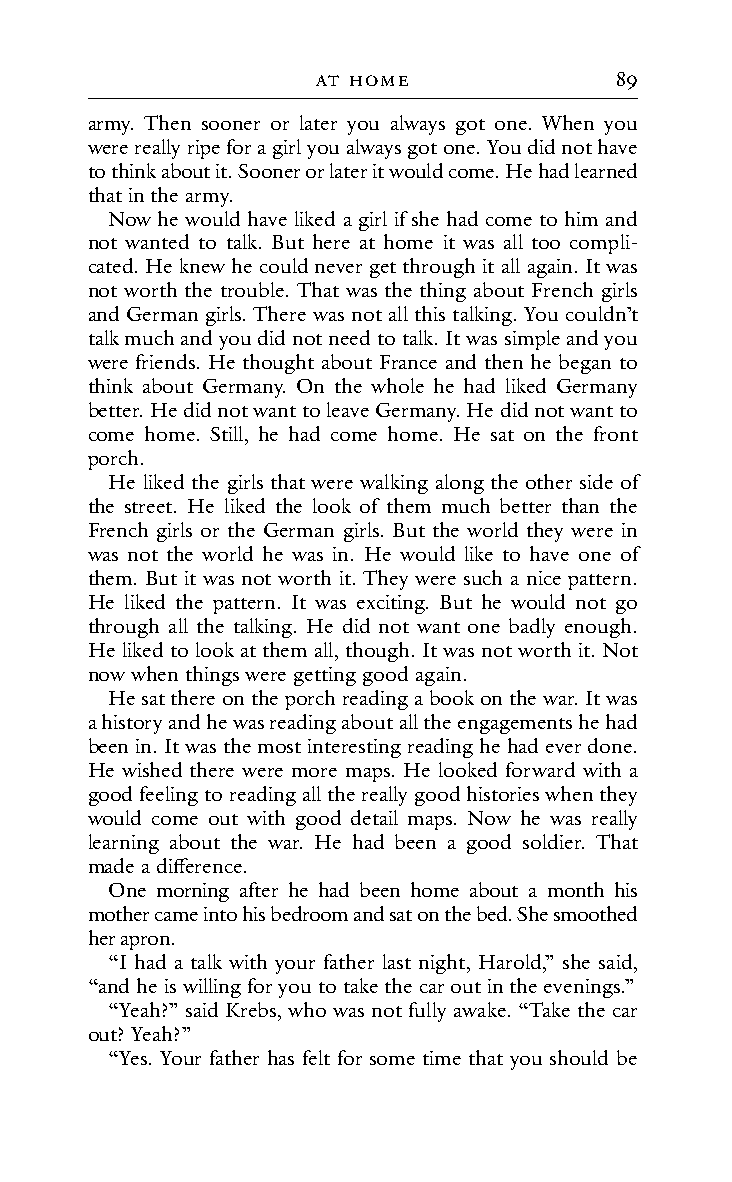
At HoMe             89
 army. Then sooner or later you always got one. When you
 were really ripe for a girl you always got one. You did not have
 to think about it. Sooner or later it would come. He had learned
 that in the army.
 Now he would have liked a girl if she had come to him and
 not wanted to talk. But here at home it was all too compli-
 cated. He knew he could never get through it all again. It was
 not worth the trouble. That was the thing about French girls
 and German girls. There was not all this talking. You couldn’t
 talk much and you did not need to talk. It was simple and you
 were friends. He thought about France and then he began to
 think about Germany. On the whole he had liked Germany
 better. He did not want to leave Germany. He did not want to
 come home. Still, he had come home. He sat on the front
 porch.
 He liked the girls that were walking along the other side of
 the street. He liked the look of them much better than the
 French girls or the German girls. But the world they were in
 was not the world he was in. He would like to have one of
 them. But it was not worth it. They were such a nice pattern.
 He liked the pattern. It was exciting. But he would not go
 through all the talking. He did not want one badly enough.
 He liked to look at them all, though. It was not worth it. Not
 now when things were getting good again.
 He sat there on the porch reading a book on the war. It was
 a history and he was reading about all the engagements he had
 been in. It was the most interesting reading he had ever done.
 He wished there were more maps. He looked forward with a
 good feeling to reading all the really good histories when they
 would come out with good detail maps. Now he was really
 learning about the war. He had been a good soldier. That
 made a difference.
 One morning after he had been home about a month his
 mother came into his bedroom and sat on the bed. She smoothed
 her apron.
 “I had a talk with your father last night, Harold,” she said,
 “and he is willing for you to take the car out in the evenings.”
 “Yeah?” said Krebs, who was not fully awake. “Take the car
 out? Yeah?”
 “Yes. Your father has felt for some time that you should be